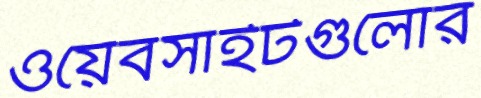
ওয়েবসাইটগুলোর